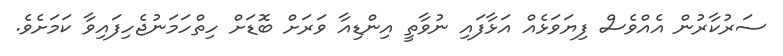
ސަރުކާރުން އެއްވެސް ފިޔަވަޅެއް އަޅާފައި ނުވާތީ އިންޑިއާ ވަރަށް ބޮޑަށް ހިތްހަމަނުޖެހިފައިވާ ކަމަށެވެ.